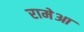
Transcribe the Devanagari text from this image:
रामेआ